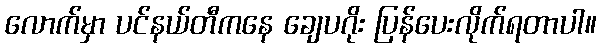
လောက်မှာ ပင်နယ်တီကနေ ချေပဂိုး ပြန်ပေးလိုက်ရတာပါ။